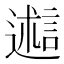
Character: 𬩋